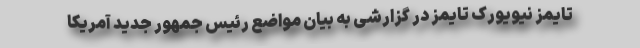
تایمز نیویورک تایمز در گزارشی به بیان مواضع رئیس جمهور جدید آمریکا